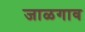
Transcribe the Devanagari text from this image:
जाळगाव